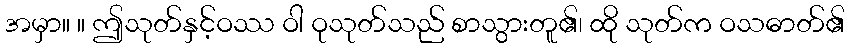
အမှာ။ ။ ဤသုတ်နှင့်ဝဿ ဝါ ဝုသုတ်သည် စာသွားတူ၏၊ ထို သုတ်က ဝသဓာတ်၏